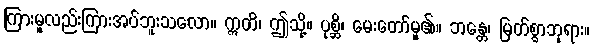
ကြားမူလည်းကြားအပ်ဘူးသလော။ ဣတိ၊ ဤသို့။ ပုစ္ဆိ၊ မေးတော်မူ၏။ ဘန္တေ၊ မြတ်စွာဘုရား။